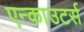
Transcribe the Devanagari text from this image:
एन्काउटर्स